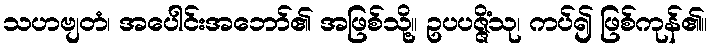
သဟဗျတံ၊ အပေါင်းအဘော်၏ အဖြစ်သို့။ ဥပပဇ္ဇိံသု၊ ကပ်၍ ဖြစ်ကုန်၏။